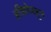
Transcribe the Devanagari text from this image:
ॲडिलेडहून